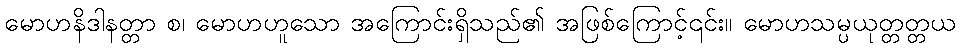
မောဟနိဒါနတ္တာ စ၊ မောဟဟူသော အကြောင်းရှိသည်၏ အဖြစ်ကြောင့်၎င်း။ မောဟသမ္ပယုတ္တတ္တယ